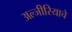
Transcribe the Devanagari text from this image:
अल्जीरियाचे